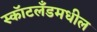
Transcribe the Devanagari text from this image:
स्कॉटलँडमधील